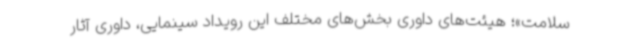
سلامت»؛ هیئت‌های داوری بخش‌های مختلف این رویداد سینمایی، داوری آثار